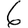
Digit: 6